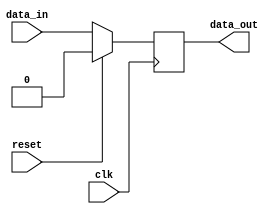
module sync_logic (
    input wire clk,
    input wire reset,
    input wire data_in,
    output reg data_out
);

reg [7:0] internal_reg;

always @(posedge clk) begin
    if (reset) begin
        internal_reg <= 8'h00;
    end else begin
        internal_reg <= data_in;
    end
end

assign data_out = internal_reg;

endmodule